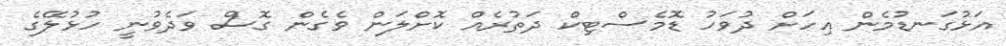
އަޅުގަނޑުމެން އިހަށް ދުވަހު ޑޮމެސްޓިކް ދަތުރެއް ކޮށްލަން ވެގެން ގޮސް ވަދެވުނީ ހުޅުލޭގެ